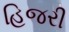
હિજરી